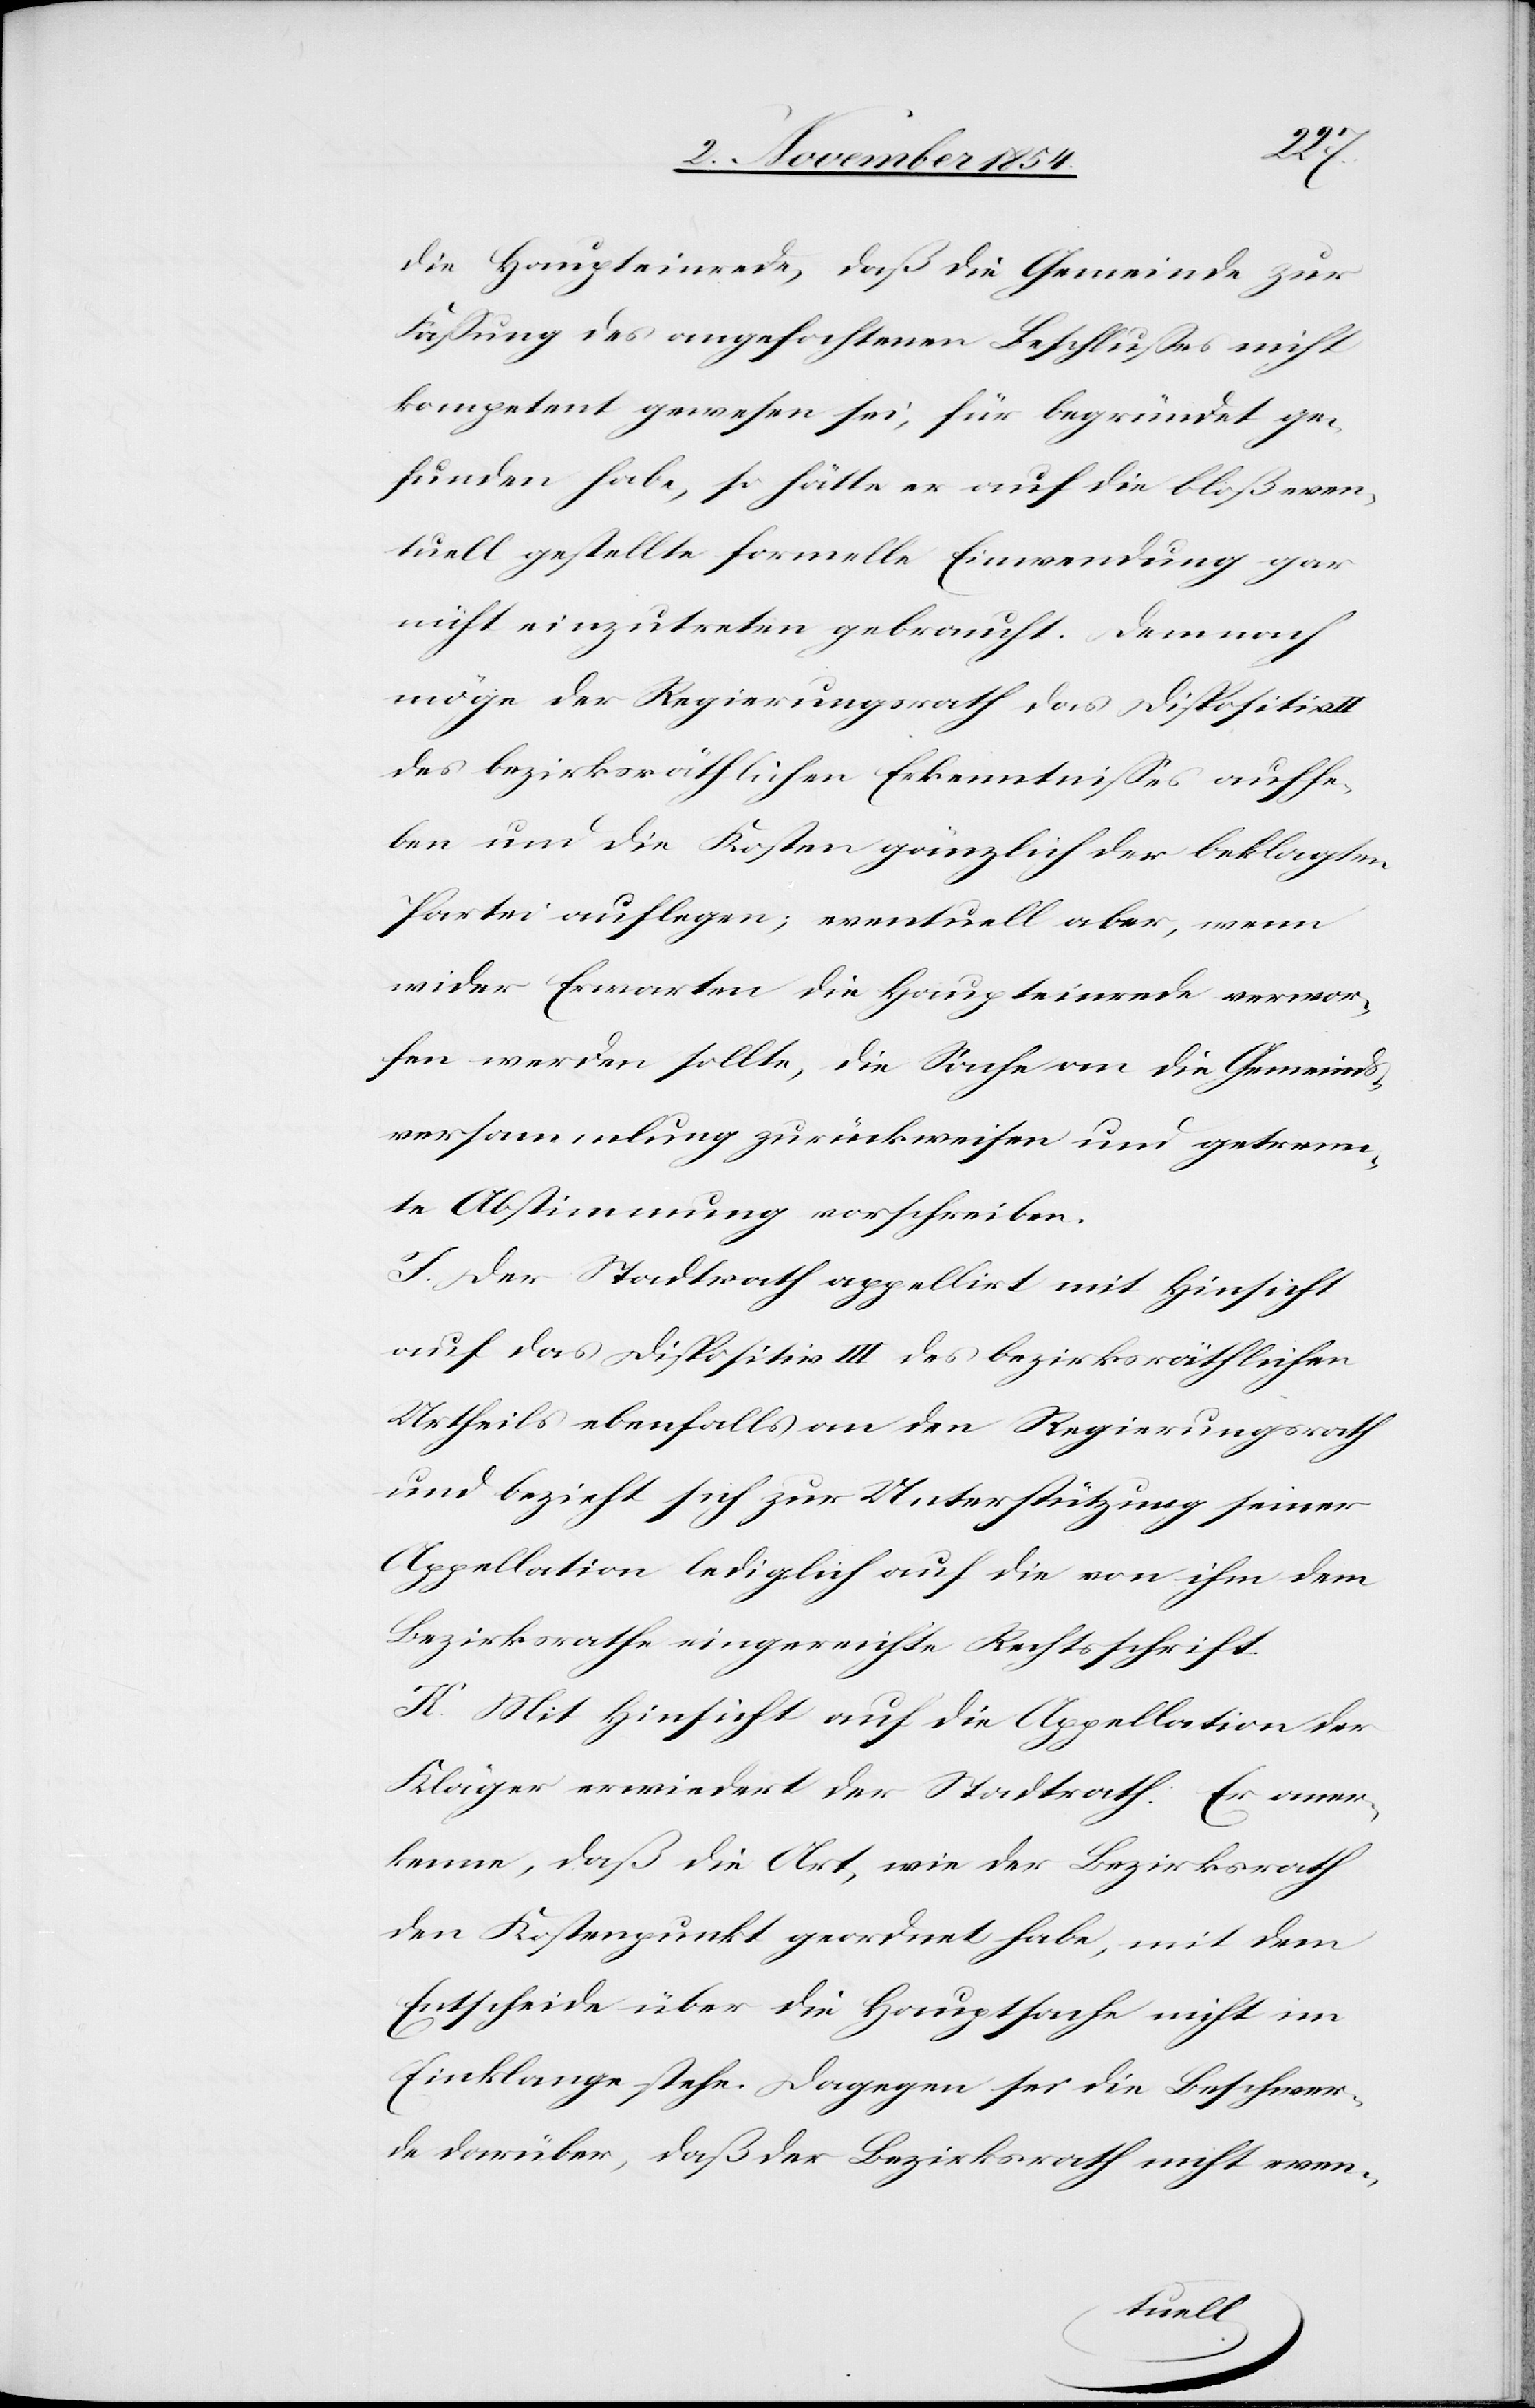
die Haupteinrede, daß die Gemeinde zur
Faßung des angefochtenen Beschlußes nicht
kompetent gewesen sei, für begründet ge¬
funden habe, so hätte er auf die bloß even¬
tuell gestellte formelle Einwendung gar
nicht einzutreten gebraucht. Demnach
möge der Regierungsrath das Dispositiv
des bezirksräthlichen Erkenntnißes aufhe¬
ben und die Kosten gänzlich der beklagten
Partei auflegen; eventuell aber, wenn
wider Erwarten die Haupteinrede verwor¬
fen werden sollte, die Sache an die Gemeinds¬
versammlung zurückweisen und getrenn¬
te Abstimmung vorschreiben.
I. Der Stadtrath appellirt mit Hinsicht
auf das Dispositiv III des bezirksräthlichen
Urtheils ebenfalls an den Regierungsrath
und bezieht sich zur Unterstützung seiner
Appellatin lediglich auf die von ihm dem
Bezirksrathe eingereichte Rechtsschrift.
K. Mit Hinsicht auf die Appellation der
Kläger erwiedert der Stadtrath: Er aner¬
kenne, daß die Art, wie der Bezirksrath
den Kostenpunkt geordnet habe, mit dem
Entscheide über die Hauptsache nicht im
Einklange stehe. Dagegen sei die Beschwer¬
de darüber, daß der Bezirksrath nicht even-